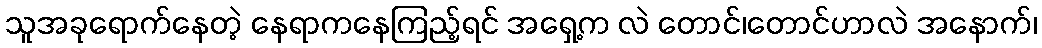
သူအခုရောက်နေတဲ့ နေရာကနေကြည့်ရင် အရှေ့က လဲ တောင်၊တောင်ဟာလဲ အနောက်၊